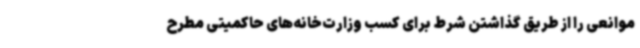
موانعی را از طریق گذاشتن شرط برای کسب وزارت‌خانه‌های حاکمیتی مطرح